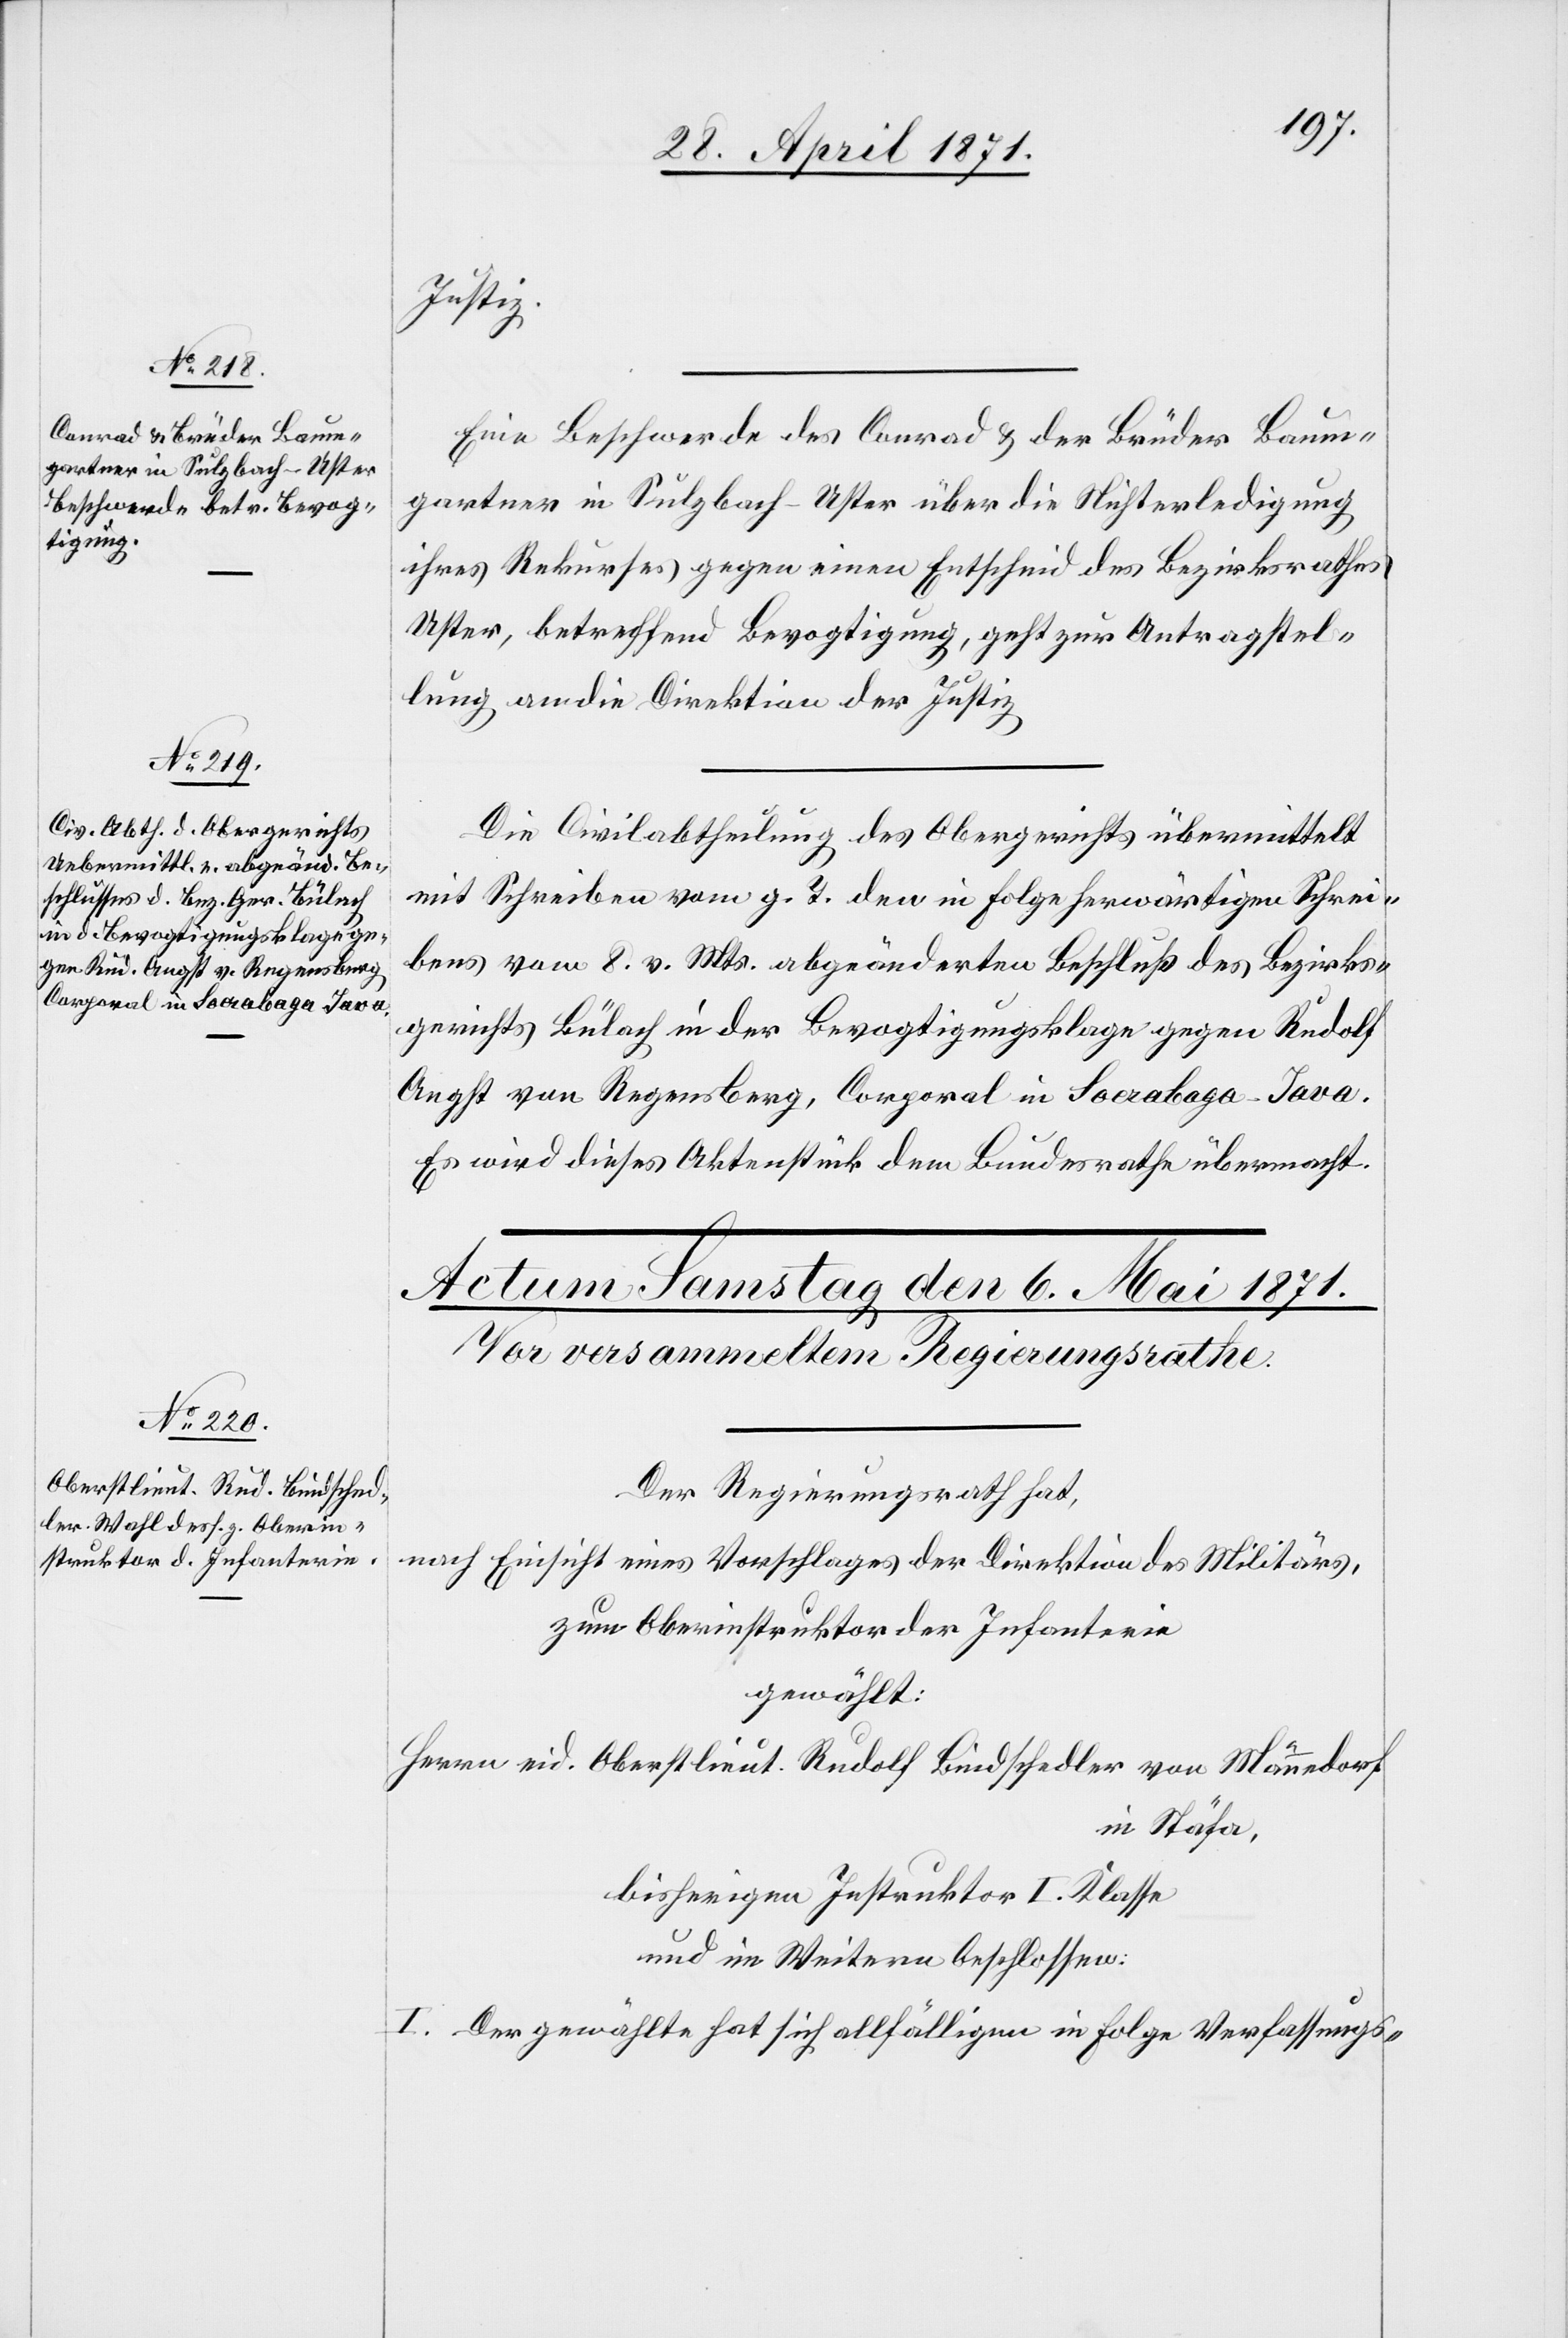
Justiz.
Eine Beschwerde des Conrad u. der Brüder Baum¬
gartner in Sulzbach-Uster über die Nichterledigung
ihres Rekurses gegen einen Entscheid des Bezirksrathes
Uster, betreffend Bevogtigung, geht zur Antragstel¬
lung an die Direktion der Justiz.
Die Civilabtheilung des Obergerichts übermittelt
mit Schreiben vom g. T. den in Folge herwärtigen Schrei¬
bens vom 8. v. Mts. abgeänderten Beschluß des Bezirks¬
gerichts Bülach in der Bevogtigungsklage gegen Rudolf
Angst von Regensberg, Corporal in Socrabaga-Java.
Es wird dieses Aktenstück dem Bundesrath übermacht.
Der Regierungsrath hat,
nach Einsicht eines Vorschlages der Direktion des Militärs,
zum Oberinstruktor der Infanterie
gewählt:
Herrn eid. Oberlieut. Rudolf Bindschedler von Männedorf
in Stäfa,
bisherigen Instruktor I. Klasse
und im Weitern beschlossen:
I. Der gewählte [sic!] hat sich allfälligen in Folge Verfassungs-